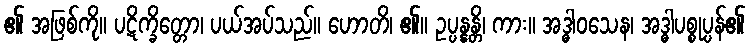
၏ အဖြစ်ကို။ ပဋိက္ခိတ္တော၊ ပယ်အပ်သည်။ ဟောတိ၊ ၏။ ဥပ္ပန္နန္တိ၊ ကား။ အဒ္ဓါဝသေန၊ အဒ္ဓါပစ္စုပ္ပန်၏